Elephants and their diseases
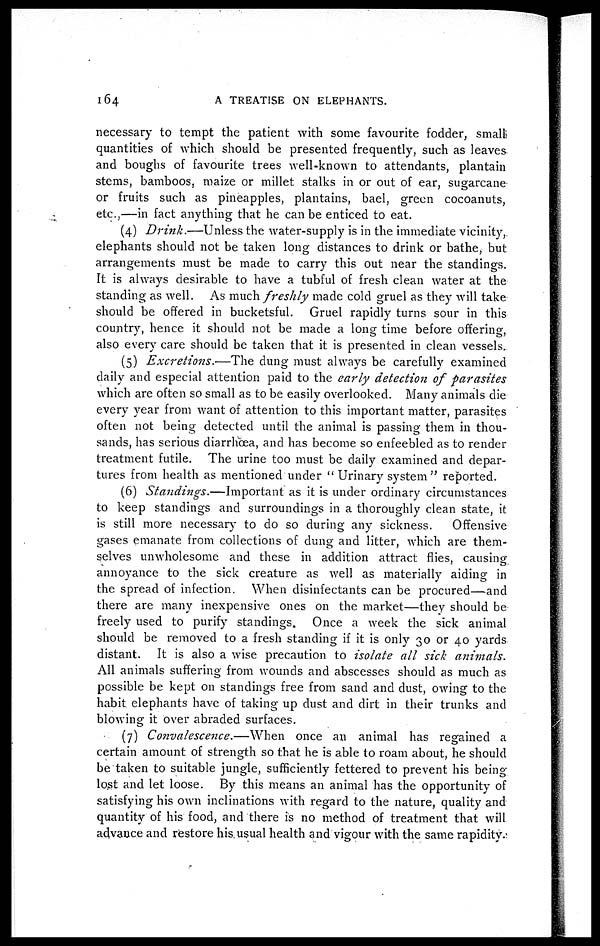
164
A TREATISE ON ELEPHANTS.
necessary to tempt the patient with some favourite fodder, small
quantities of which should be presented frequently, such as leaves
and boughs of favourite trees well-known to attendants, plantain
stems, bamboos, maize or millet stalks in or out of ear, sugarcane
or fruits such as pineapples, plantains, bael, green cocoanuts,
etc.,—in fact anything that he can be enticed to eat.
(4) Drink.—Unless the water-supply is in the immediate vicinity,
elephants should not be taken long distances to drink or bathe, but
arrangements must be made to carry this out near the standings.
It is always desirable to have a tubful of fresh clean water at the
standing as well. As much freshly made cold gruel as they will take-
should be offered in bucketsful. Gruel rapidly turns sour in this
country, hence it should not be made a long time before offering,
also every care should be taken that it is presented in clean vessels..
(5) Excretions.—The
dung must always be carefully examined
daily and especial attention paid to the early detection of parasites
which are often so small as to be easily overlooked. Many animals die
every year from want of attention to this important matter, parasites
often not being detected until the animal is passing them in thou-
sands, has serious diarrhoea, and has become so enfeebled as to render
treatment futile. The urine too must be daily examined and depar-
tures from health as mentioned under " Urinary system " reported.
(6) Standings.—Important
as it is under ordinary circumstances
to keep standings and surroundings in a thoroughly clean state, it
is still more necessary to do so during any sickness.
Offensive
gases emanate from collections of clung and litter, which are them-
selves unwholesome and these in addition attract flies, causing
annoyance to the sick creature as well as materially aiding in
the spread of infection. When disinfectants can be procured—and
there are many inexpensive ones on the market—they should be
freely used to purify standings. Once a week the sick animal
should be removed to a fresh standing if it is only 30 or 40 yards
distant. It is also a wise precaution to isolate all sick animals.
All animals suffering from wounds and abscesses should as much as
possible be kept on standings free from sand and dust, owing to the
habit elephants have of taking up dust and dirt in their trunks and
blowing it over abraded surfaces.
(7) Convalescence.—When
once an animal has regained a
certain amount of strength so that he is able to roam about, he should
be taken to suitable jungle, sufficiently fettered to prevent his being
lost and let loose. By this means an animal has the opportunity of
satisfying his own inclinations with regard to the nature, quality and
quantity of his food, and there is no method of treatment that will
advance and restore his.usual health and vigour with the same rapidity.